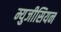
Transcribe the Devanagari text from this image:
म्युजीसियन